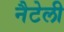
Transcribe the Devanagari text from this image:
नैटेली